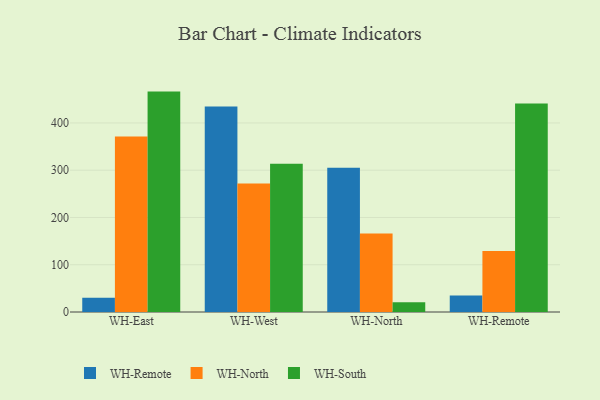
{"axis": {"x": "Warehouse", "y": "Gross Profit (USD K)"}, "legend": ["WH-North", "WH-Remote", "WH-South"], "data": [{"x": "WH-East", "y": 30.2, "type": "WH-Remote"}, {"x": "WH-East", "y": 371.5, "type": "WH-North"}, {"x": "WH-East", "y": 466.3, "type": "WH-South"}, {"x": "WH-West", "y": 434.7, "type": "WH-Remote"}, {"x": "WH-West", "y": 271.8, "type": "WH-North"}, {"x": "WH-West", "y": 313.7, "type": "WH-South"}, {"x": "WH-North", "y": 305.0, "type": "WH-Remote"}, {"x": "WH-North", "y": 166.0, "type": "WH-North"}, {"x": "WH-North", "y": 20.7, "type": "WH-South"}, {"x": "WH-Remote", "y": 35.0, "type": "WH-Remote"}, {"x": "WH-Remote", "y": 128.8, "type": "WH-North"}, {"x": "WH-Remote", "y": 441.3, "type": "WH-South"}]}